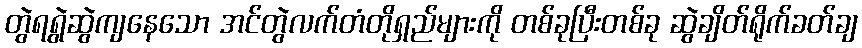
တွဲရရွဲဆွဲကျနေသော အင်တွဲလက်တံတိုရှည်များကို တစ်ခုပြီးတစ်ခု ဆွဲချိတ်ရိုက်ခတ်ချ